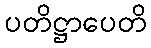
ပတိဋ္ဌာပေတိ